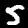
Digit: 5